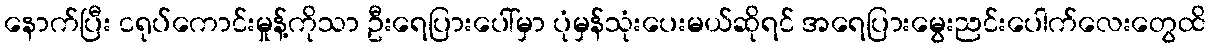
နောက်ပြီး ငရုပ်ကောင်းမှုန့်ကိုသာ ဦးရေပြားပေါ်မှာ ပုံမှန်သုံးပေးမယ်ဆိုရင် အရေပြားမွေးညင်းပေါက်လေးတွေထိ